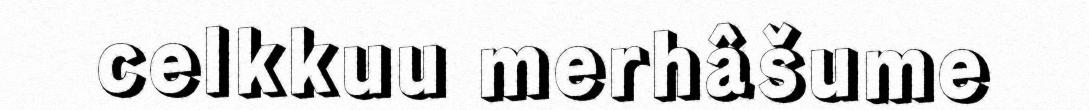
celkkuu merhâšume